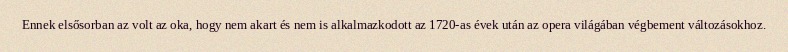
Ennek elsősorban az volt az oka, hogy nem akart és nem is alkalmazkodott az 1720-as évek után az opera világában végbement változásokhoz.